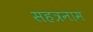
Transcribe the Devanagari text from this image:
सहत्रनाम